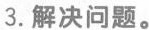
3.解决问题。